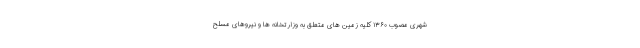
شهری مصوب ۱۳۶۰ کلیه زمین های متعلق به وزارتخانه ها و نیروهای مسلح